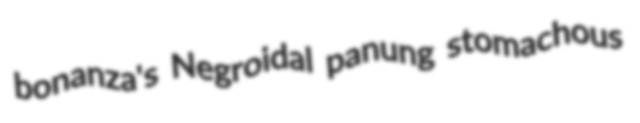
bonanza's Negroidal panung stomachous